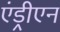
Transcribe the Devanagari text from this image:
एंड्रीएन